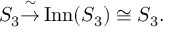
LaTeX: S _ { 3 } { \overset { \sim } { \to } } \operatorname { I n n } ( S _ { 3 } ) \cong S _ { 3 } .